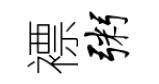
褾粥